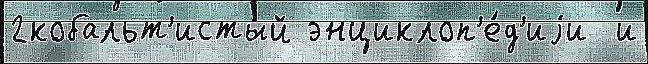
2кобальт'истый энциклоп'е́д'иjи  и